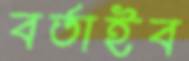
বর্তাইব